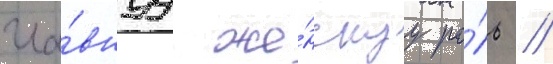
гла́внуу же́нскуу ро́ль //